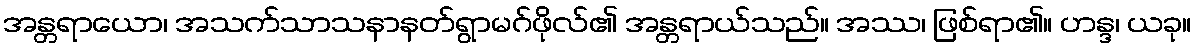
အန္တရာယော၊ အသက်သာသနာနတ်ရွာမဂ်ဖိုလ်၏ အန္တရာယ်သည်။ အဿ၊ ဖြစ်ရာ၏။ ဟန္ဒ၊ ယခု။